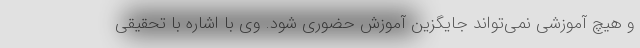
و هیچ آموزشی نمی‌تواند جایگزین آموزش حضوری شود. وی با اشاره با تحقیقی